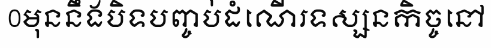
0មុននឹងបិទបញ្ចប់ដំណើរទស្សនកិច្ចនៅ